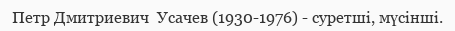
Петр Дмитриевич  Усачев (1930-1976) - суретші, мүсінші.